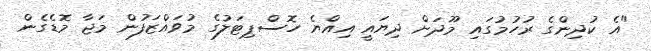
"އެ ކުދިންގެ ރުހުމުގައި މޫދަށް ދިޔައީ އިއްޔެ ހޮސްޕިޓަލުގެ މުވައްޒަފުން މަޖާ މޮޑެގެން